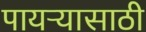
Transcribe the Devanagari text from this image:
पायऱ्यासाठी